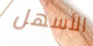
الأسهل